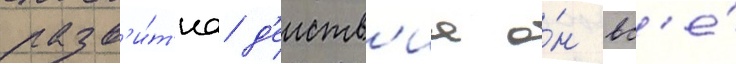
разв'и́т'иа д'еиств'иа о́н вс'е́